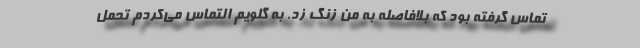
تماس گرفته بود که بلافاصله به من زنگ زد. به گلویم التماس می‌کردم تحمل